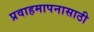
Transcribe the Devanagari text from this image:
प्रवाहमापनासाठी